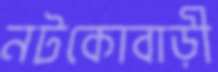
নটকোবাড়ী